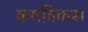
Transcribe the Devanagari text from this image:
क्रमविकस